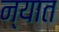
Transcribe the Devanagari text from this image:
न्यात